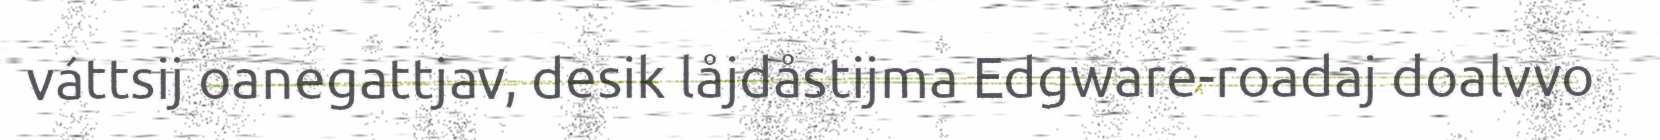
váttsij oanegattjav, desik låjdåstijma Edgware-roadaj doalvvo